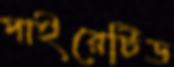
পাইরেটিড